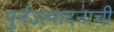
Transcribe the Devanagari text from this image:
पुर्नउत्पादनाची